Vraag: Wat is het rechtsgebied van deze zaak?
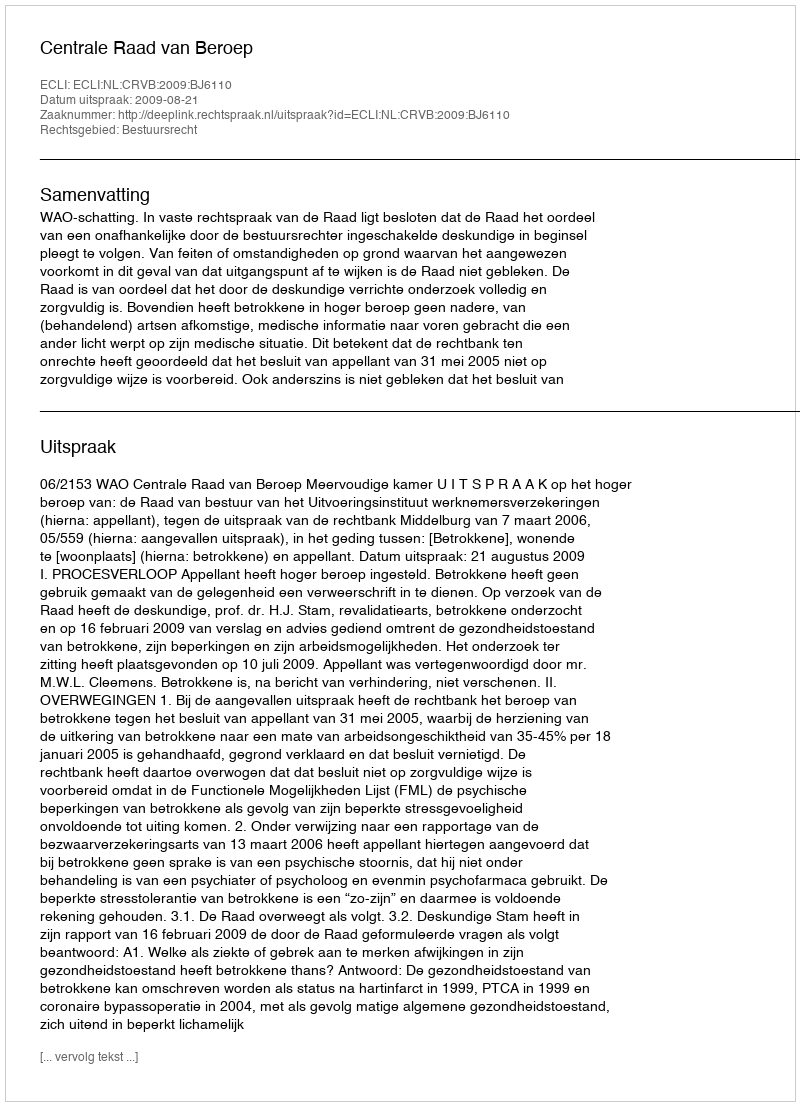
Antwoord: Bestuursrecht